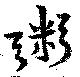
粥